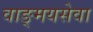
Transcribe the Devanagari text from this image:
वाङ्‌मयसेवा